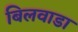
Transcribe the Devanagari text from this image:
बिलवाडा